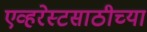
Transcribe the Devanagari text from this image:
एव्हरेस्टसाठीच्या